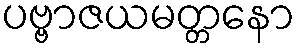
ပဗ္ဗာဇယမတ္တနော